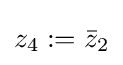
z_{4}:={\bar {z}}_{2}